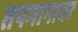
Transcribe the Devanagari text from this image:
तपमानावर